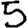
Digit: 5